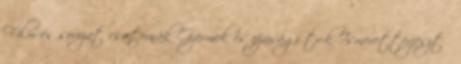
Film és sorozat csatornák Gyermek és ifjúsági tv-k Ismeretterjesztő